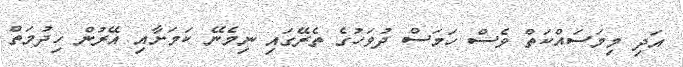
އަދި މިމަސައްކަތް ވެސް ހަމަސް ދުވަހުގެ ތެރޭގައި ނިމެނޭ ކަމަށާއި އޭރުން ހިދުމަތް